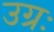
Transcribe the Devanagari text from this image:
उग्रः